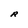
Character: R